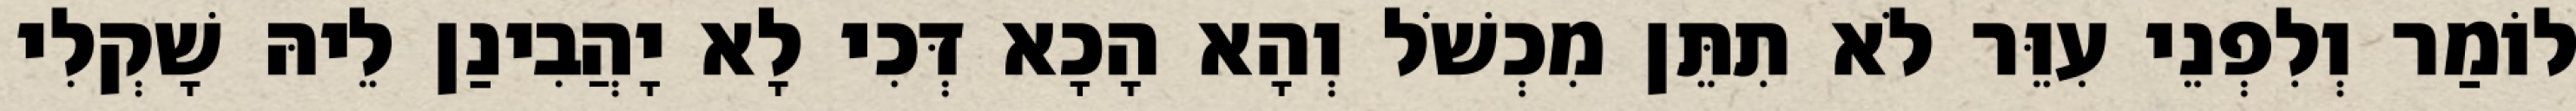
לוֹמַר וְלִפְנֵי עִוֵּר לֹא תִתֵּן מִכְשֹׁל וְהָא הָכָא דְּכִי לָא יָהֲבִינַן לֵיהּ שָׁקְלִי